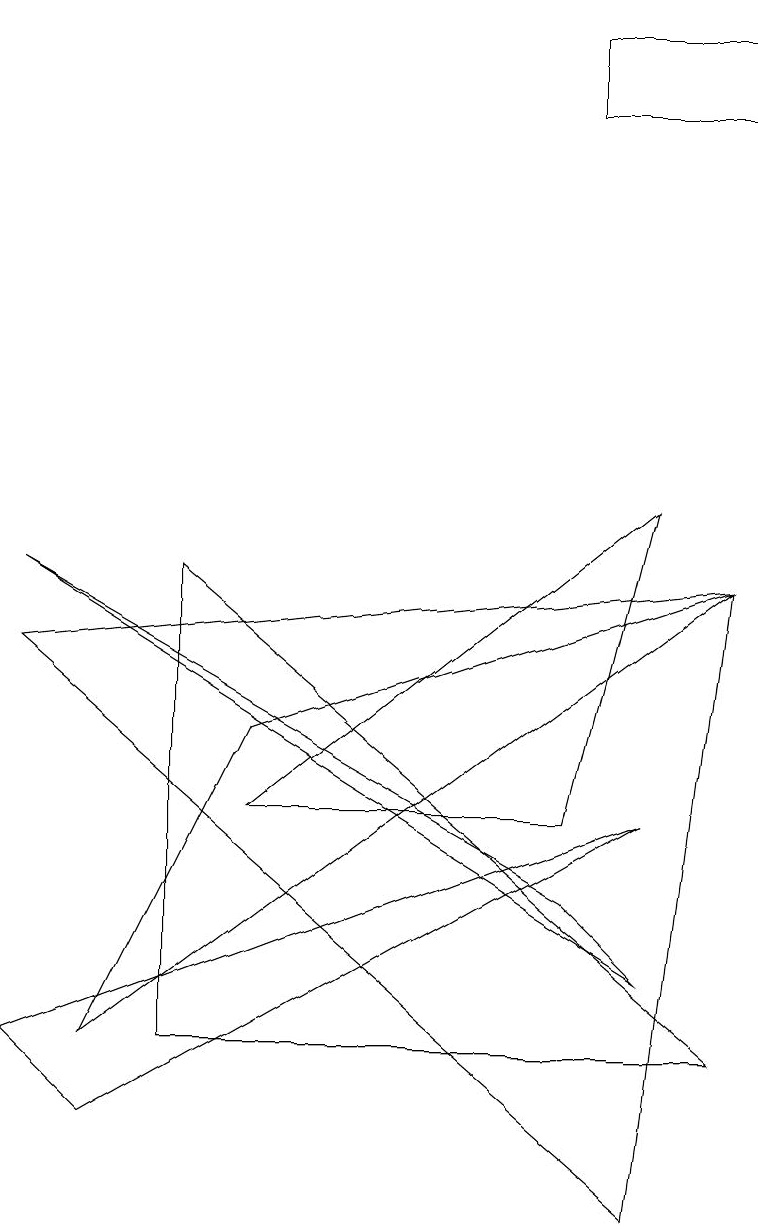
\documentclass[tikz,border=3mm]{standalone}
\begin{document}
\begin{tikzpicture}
\draw (7,5) -- (8,9) -- (3,5) -- cycle;
\draw (0,2) -- (8,5) -- (1,1) -- cycle;
\draw (7,4) -- (0,8) -- (8,3) -- cycle;
\draw (2,8) -- (2,2) -- (9,2) -- cycle;
\draw (9,15) rectangle (7,14);
\draw (3,6) -- (1,2) -- (9,8) -- cycle;
\draw (0,7) -- (8,0) -- (9,8) -- cycle;
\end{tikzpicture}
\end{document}